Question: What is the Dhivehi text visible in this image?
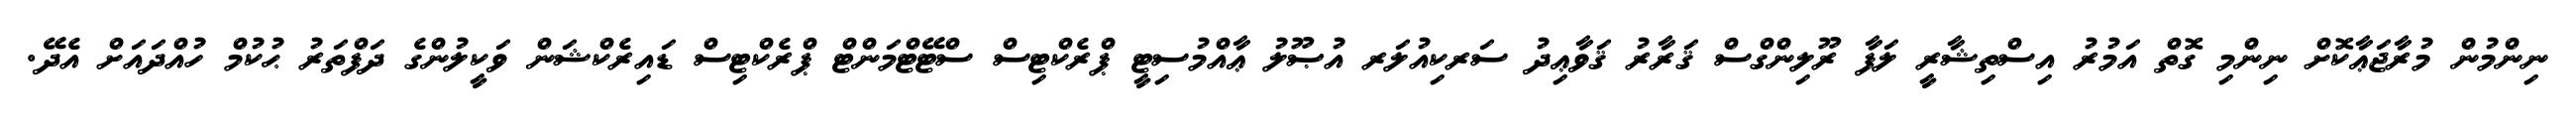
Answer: ނިންމުން މުރާޖަޢާކޮށް ނިންމި ގޮތް އަމުރު އިސްތިޝާރީ ލަފާ ރޫލިންގްސް ޤަރާރު ޤަވާޢިދު ސަރކިއުލަރ އުޞޫލު ޢާއްމުސިޓީ ޕްރެކްޓިސް ސްޓޭޓްމަންޓް ޕްރެކްޓިސް ޑައިރެކްޝަން ވަކީލުންގެ ދަފްތަރު ޙުކުމް ހުއްދައަށް އެދޭ.